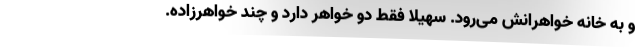
و به خانه خواهرانش می‌رود. سهیلا فقط دو خواهر دارد و چند خواهرزاده.